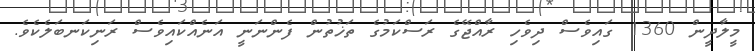
މީލާދީން 1360 ގައިވެސް ދިވެހި ރާއްޖޭގެ ރަސްކަމުގެ ތަޚުތުން ފެންނަނީ އަނެއްކައިވެސް ރަނިކަނބަލެކެވެ.